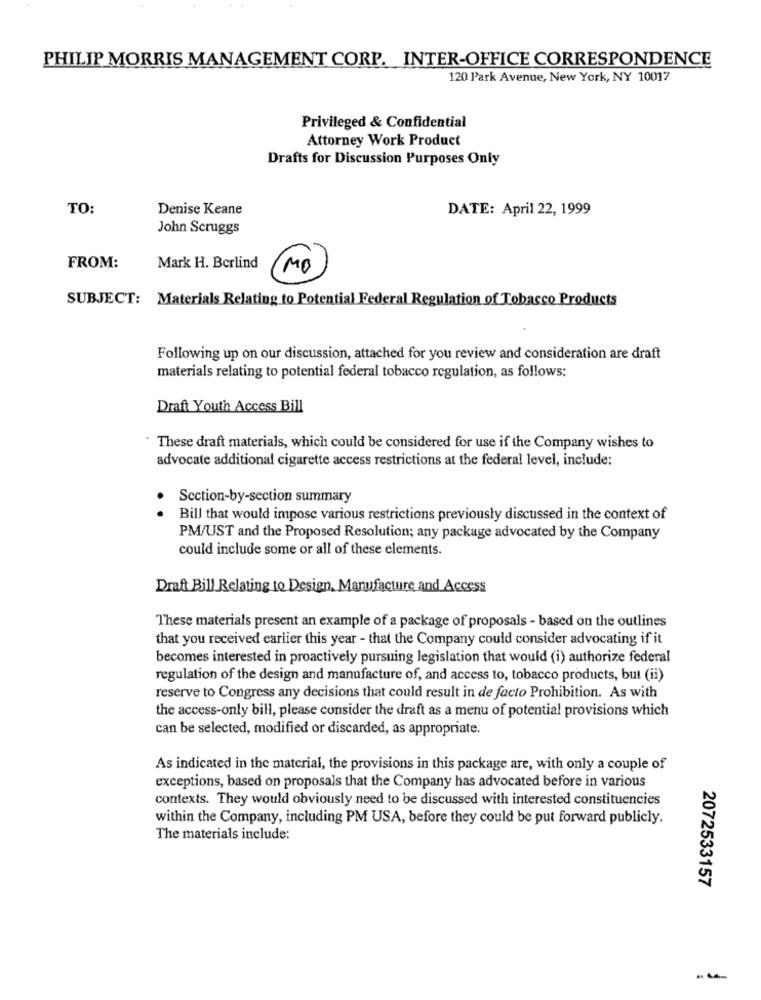
PHILIP MORRIS MANAGEMENT CORP. INTER-OFFICE CORRESPONDENCE
120 Park Avenue, New York, NY 10017
Privileged & Confidential
Attorney Work Product
Drafts for Discussion Purposes Only
TO:
Denise Keane
DATE: April 22, 1999
John Scruggs
FROM:
Mark H. Berlind
MO
SUBJECT: Materials Relating to Potential Federal Regulation of Tobacco Products
Following up on our discussion, attached for you review and consideration are draft
materials relating to potential federal tobacco regulation, as follows:
Draft Youth Access Bill
. These draft materials, which could be considered for use if the Company wishes to
advocate additional cigarette access restrictions at the federal level, include:
Section-by-section summary
Bill that would impose various restrictions previously discussed in the context of
PM/UST and the Proposed Resolution; any package advocated by the Company
could include some or all of these elements.
Draft Bill Relating to Design, Manufacture and Access
These materials present an example of a package of proposals - based on the outlines
that you received earlier this year - that the Company could consider advocating if it
becomes interested in proactively pursuing legislation that would (i) authorize federal
regulation of the design and manufacture of, and access to, tobacco products, but (ii)
reserve to Congress any decisions that could result in de facto Prohibition. As with
the access-only bill, please consider the draft as a menu of potential provisions which
can be selected, modified or discarded, as appropriate.
As indicated in the material, the provisions in this package are, with only a couple of
exceptions, based on proposals that the Company has advocated before in various
contexts. They would obviously need to be discussed with interested constituencies
within the Company, including PM USA, before they could be put forward publicly.
The materials include:
2072533157
--